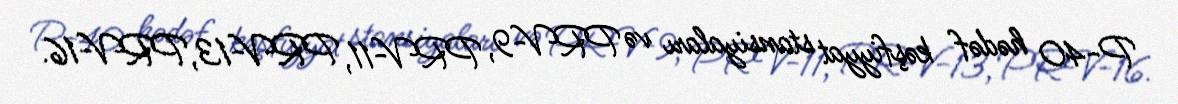
P-40 hədəf kəşfiyyat stansiyaları və PRV-9, PRV-11, PRV-13, PRV-16.